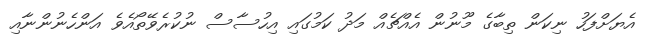
އެޔަށްފަހު ނިކަން ތިބާގެ މޫނުން އެއްޗެއް މަދު ކަމުގައި އިހުސާސް ނުކުރެވޭތޯއެވެ އަންހެނުންނާއި